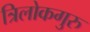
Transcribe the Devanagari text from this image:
त्रिलोकगुरु